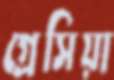
গ্রেসিয়া